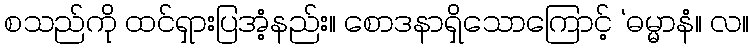
စသည်ကို ထင်ရှားပြအံ့နည်း။ စောဒနာရှိသောကြောင့် ‘ဓမ္မာနံ။ လ။